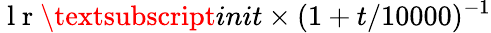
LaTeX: \mathrm{~l~r~}\textsubscript{init}\times(1+t/10000)^{-1}